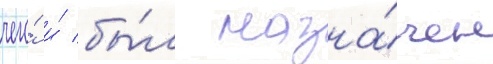
чего́ и́ бы́л назна́чен